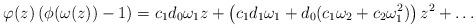
LaTeX: \begin{align*}\varphi(z)\left(\phi(\omega(z))-1\right) = c_{1}d_{0}\omega_{1}z +\left(c_{1}d_{1}\omega_{1} +d_{0}(c_{1}\omega_{2}+c_{2}\omega_{1}^{2})\right)z^{2}+\dots\end{align*}